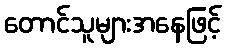
တောင်သူများအနေဖြင့်